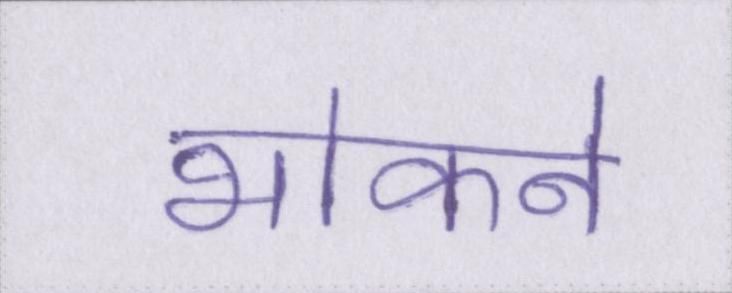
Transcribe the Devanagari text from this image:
भोकने